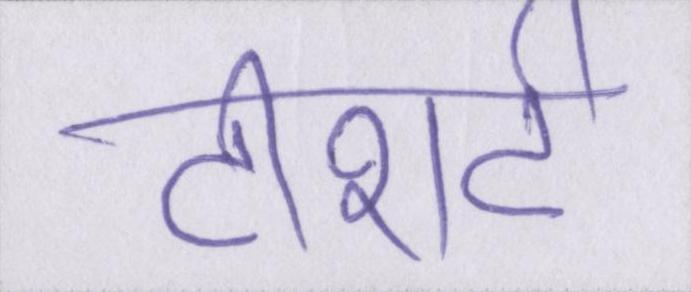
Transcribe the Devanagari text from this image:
टीशर्ट